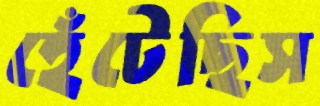
হেঁটেছিস